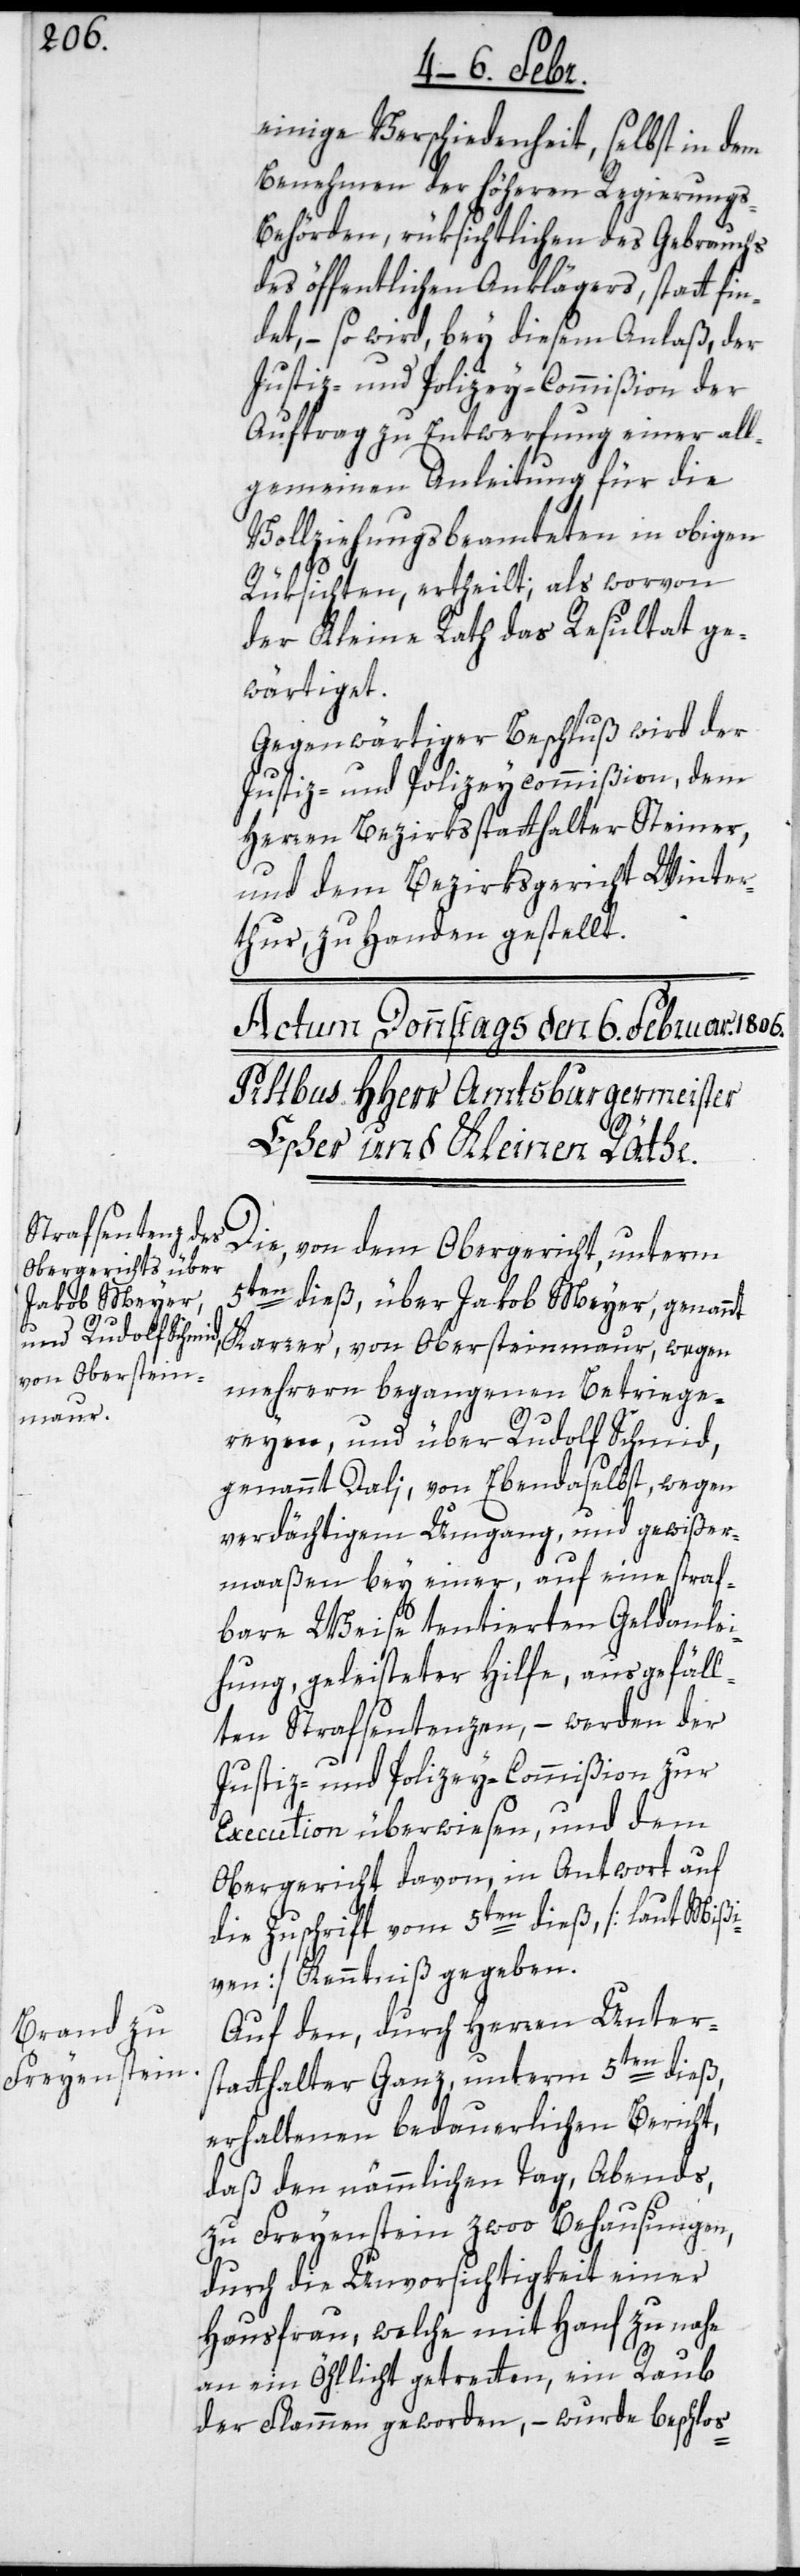
einige Verschiedenheit, selbst in dem
Benehmen der höheren Regierungs-B¬
ehörden, rüksichtlichen des Gebrauchs
des öffentlichen Anklägers, statt fin¬
det, – so wird, bey diesem Anlaß der
Justiz- und Polizey-Commißion der
Auftrag zu Entwerfung einer all¬
gemeinen Anleitung für die
Vollziehungsbeamteten in obigen
Rüksichten, ertheilt; als worvon
der Kleine Rath das Resultat ge¬
wärtiget.
Gegenwärtiger Beschluß wird der
Justiz- und Polizeycommißion, dem
Herren Bezirksstatthalter Steiner,
und dem Bezirksgericht Winter¬
thur, zu Handen gestellt.
Die, von dem Obergericht, unterm
5ten dieß, über Jakob Meyer, genannt
Karzer, von Obersteinmaur, wegen
mehrern begangenen Betriege¬
reyen, und über Rudolf Schmid,
genannt Dali, von Ebendaselbst, wegen
verdächtigem Umgang und gewißer¬
maaßen bey einer, auf eine straf¬
bare Weise tentierten Geldanlei¬
hung, geleisteter Hilfe, ausgefäll¬
ten Strafsentenzen, – werden der
Justiz- und Polizey-Commißion zur
Execution überwiesen, und dem
Obergericht davon, in Antwort auf
die Zuschrift vom 5ten dieß [laut Mißi¬
ven] Kenntniß gegeben.
Auf den, durch Herren Unter¬
statthalter Ganz, unterm 5ten dieß,
erhaltenen bedauerlichen Bericht,
daß den nämmlichen Tag, Abends,
zu Freyenstein zwoo Behausungen,
durch die Unvorsichtigkeit einer
Hausfrau, welche mit Hanf zu nahe
an ein Öhllicht getretten, ein Raub
der Flammen geworden, – wurde beschlos-